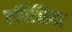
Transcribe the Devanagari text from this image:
एर्विनिया